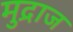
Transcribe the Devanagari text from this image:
मुद्राज